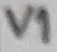
Text: V1